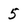
Character: 5